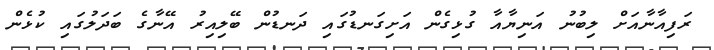
ރަފިއާނާއަށް ލިބުނު އަނިޔާއާ ގުޅިގެން އަށިގަނޑުގައި ދަނޑުން ބޭލިއިރު އޭނާގެ ބަދަލުގައި ކުޅެން